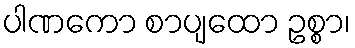
ပါဏကော စာပျထော ဥစ္စာ၊